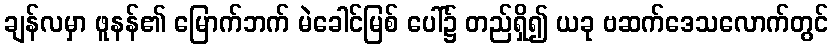
ချန်လမှာ ဖူနန်၏ မြောက်ဘက် မဲခေါင်မြစ် ပေါ်၌ တည်ရှိ၍ ယခု ဗဆက်ဒေသလောက်တွင်